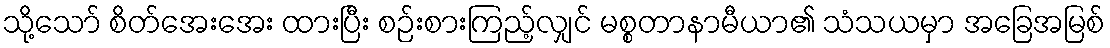
သို့သော် စိတ်အေးအေး ထားပြီး စဉ်းစားကြည့်လျှင် မစ္စတာနာမီယာ၏ သံသယမှာ အခြေအမြစ်